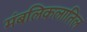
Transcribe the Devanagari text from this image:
मंबलिकलातिल